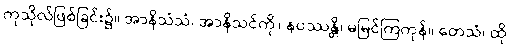
ကုသိုလ်ဖြစ်ခြင်း၌။ အာနိသံသံ၊ အာနိသင်ကို။ နပဿန္တိ၊ မမြင်ကြကုန်။ တေသံ၊ ထို